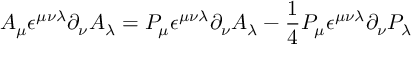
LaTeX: A _ { \mu } \epsilon ^ { \mu \nu \lambda } \partial _ { \nu } A _ { \lambda } = P _ { \mu } \epsilon ^ { \mu \nu \lambda } \partial _ { \nu } A _ { \lambda } - \frac { 1 } { 4 } P _ { \mu } \epsilon ^ { \mu \nu \lambda } \partial _ { \nu } P _ { \lambda }